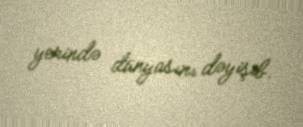
yerində dünyasını dəyişib.